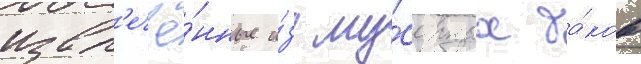
извл'ечё́нные и́з му́сорных ба́ков